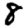
Digit: 8